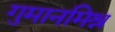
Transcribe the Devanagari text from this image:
गुमानमिश्र